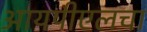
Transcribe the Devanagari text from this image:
आयपीएलचा